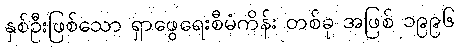
နှစ်ဦးဖြစ်သော ရှာဖွေရေးစီမံကိန်း တစ်ခု အဖြစ် ၁၉၉၆